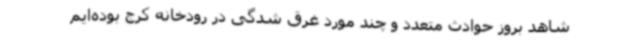
شاهد بروز حوادث متعدد و چند مورد غرق شدگی در رودخانه کرج بوده‌ایم